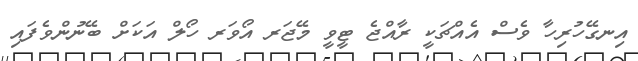
އިނގޭހުރިހާ ވެސް އެއްޗަކީ ރާއްޖެ ޓީވީ މޭޖަރ އޯވަރ ހޯލް އަކަށް ބޭނުންވެފައި